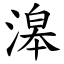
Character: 滜